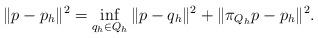
LaTeX: \begin{align*} \| p - p_h \|^2 = \inf_{q_h \in Q_h} \| p - q_h \|^2 + \| \pi_{Q_h} p - p_h \|^2. \end{align*}